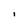
Character: I